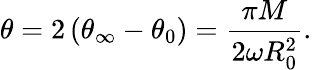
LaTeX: \theta=2\left(\theta_{\infty}-\theta_{0}\right)=\frac{\pi M}{2\omega R_{0}^{2}}.